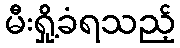
မီးရှို့ခံရသည့်